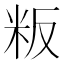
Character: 粄